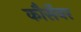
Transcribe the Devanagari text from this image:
कौर्सेयर